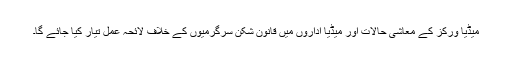
میڈیا ورکز کے معاشی حالات اور میڈیا اداروں میں قانون شکن سرگرمیوں کے خلاف لائحہ عمل تیار کیا جائے گا۔